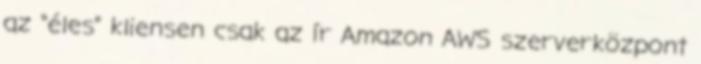
az “éles” kliensen csak az ír Amazon AWS szerverközpont